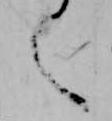
之